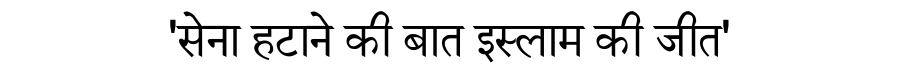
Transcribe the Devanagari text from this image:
'सेना हटाने की बात इस्लाम की जीत'